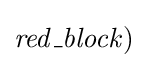
{\mathit {red\_block)}}